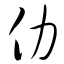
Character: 仂